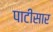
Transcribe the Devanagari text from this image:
पाटीसार